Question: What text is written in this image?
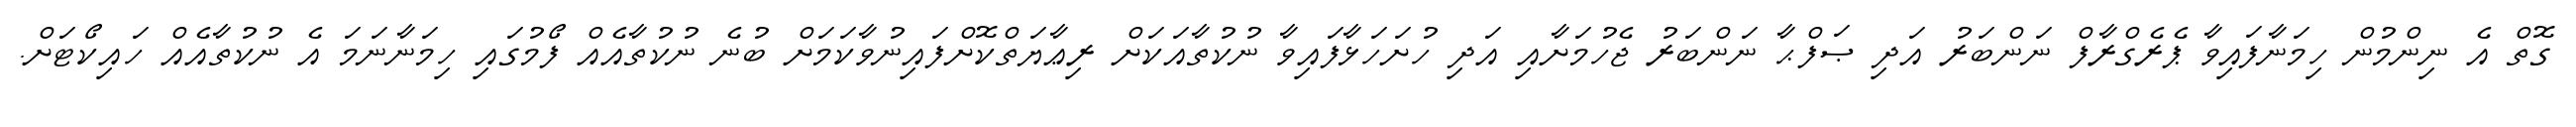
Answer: ގޮތް އެ ނިންމުން ހިމަނާފައިވާ ޕެރެގްރާފް ނަންބަރު އަދި ޞަފްޙާ ނަންބަރު ޖެހުމަށާއި އަދި ހުށަހަޅާފައިވާ ނުކުތާއަކަށް ރިޢާޔަތްކޮށްފައިނުވާކަމަށް ބުނެ ނުކުތާއެއް ފޯމުގައި ހިމަނާނަމަ އެ ނުކުތާއެއް ހައިކޯޓަށް.